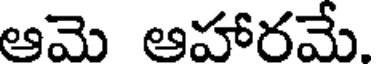
ఆమె ఆహారమే.